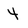
Character: 4